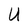
Character: U